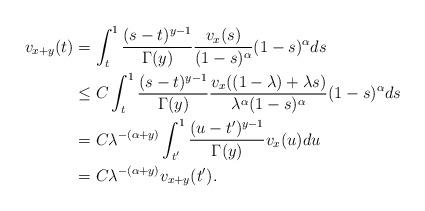
LaTeX: \begin{align*}v_{x+y}(t)&= \int_t^1\frac{(s-t)^{y-1}}{\Gamma(y)} \frac{v_x(s)}{(1-s)^\alpha} (1-s)^\alpha ds\\&\le C \int_t^1\frac{(s-t)^{y-1}}{\Gamma(y)} \frac{v_x((1-\lambda)+\lambda s)}{\lambda^\alpha(1-s)^\alpha} (1-s)^\alpha ds\\&=C \lambda^{-(\alpha+y)} \int_{t'}^1\frac{(u-t')^{y-1}}{\Gamma(y)} {v_x(u)} du\\&= C\lambda^{-(\alpha+y)} v_{x+y}(t').\end{align*}